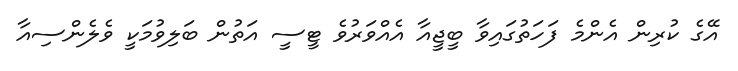
އޭގެ ކުރިން އެންމެ ފަހަތުގައިވާ ބީޖީއާ އެއްވަރުވެ ޓީސީ އަތުން ބަލިވުމަކީ ވެލެންސިއާ